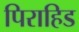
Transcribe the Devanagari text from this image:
पिराहिड